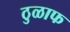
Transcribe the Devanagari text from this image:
ठुळाफ